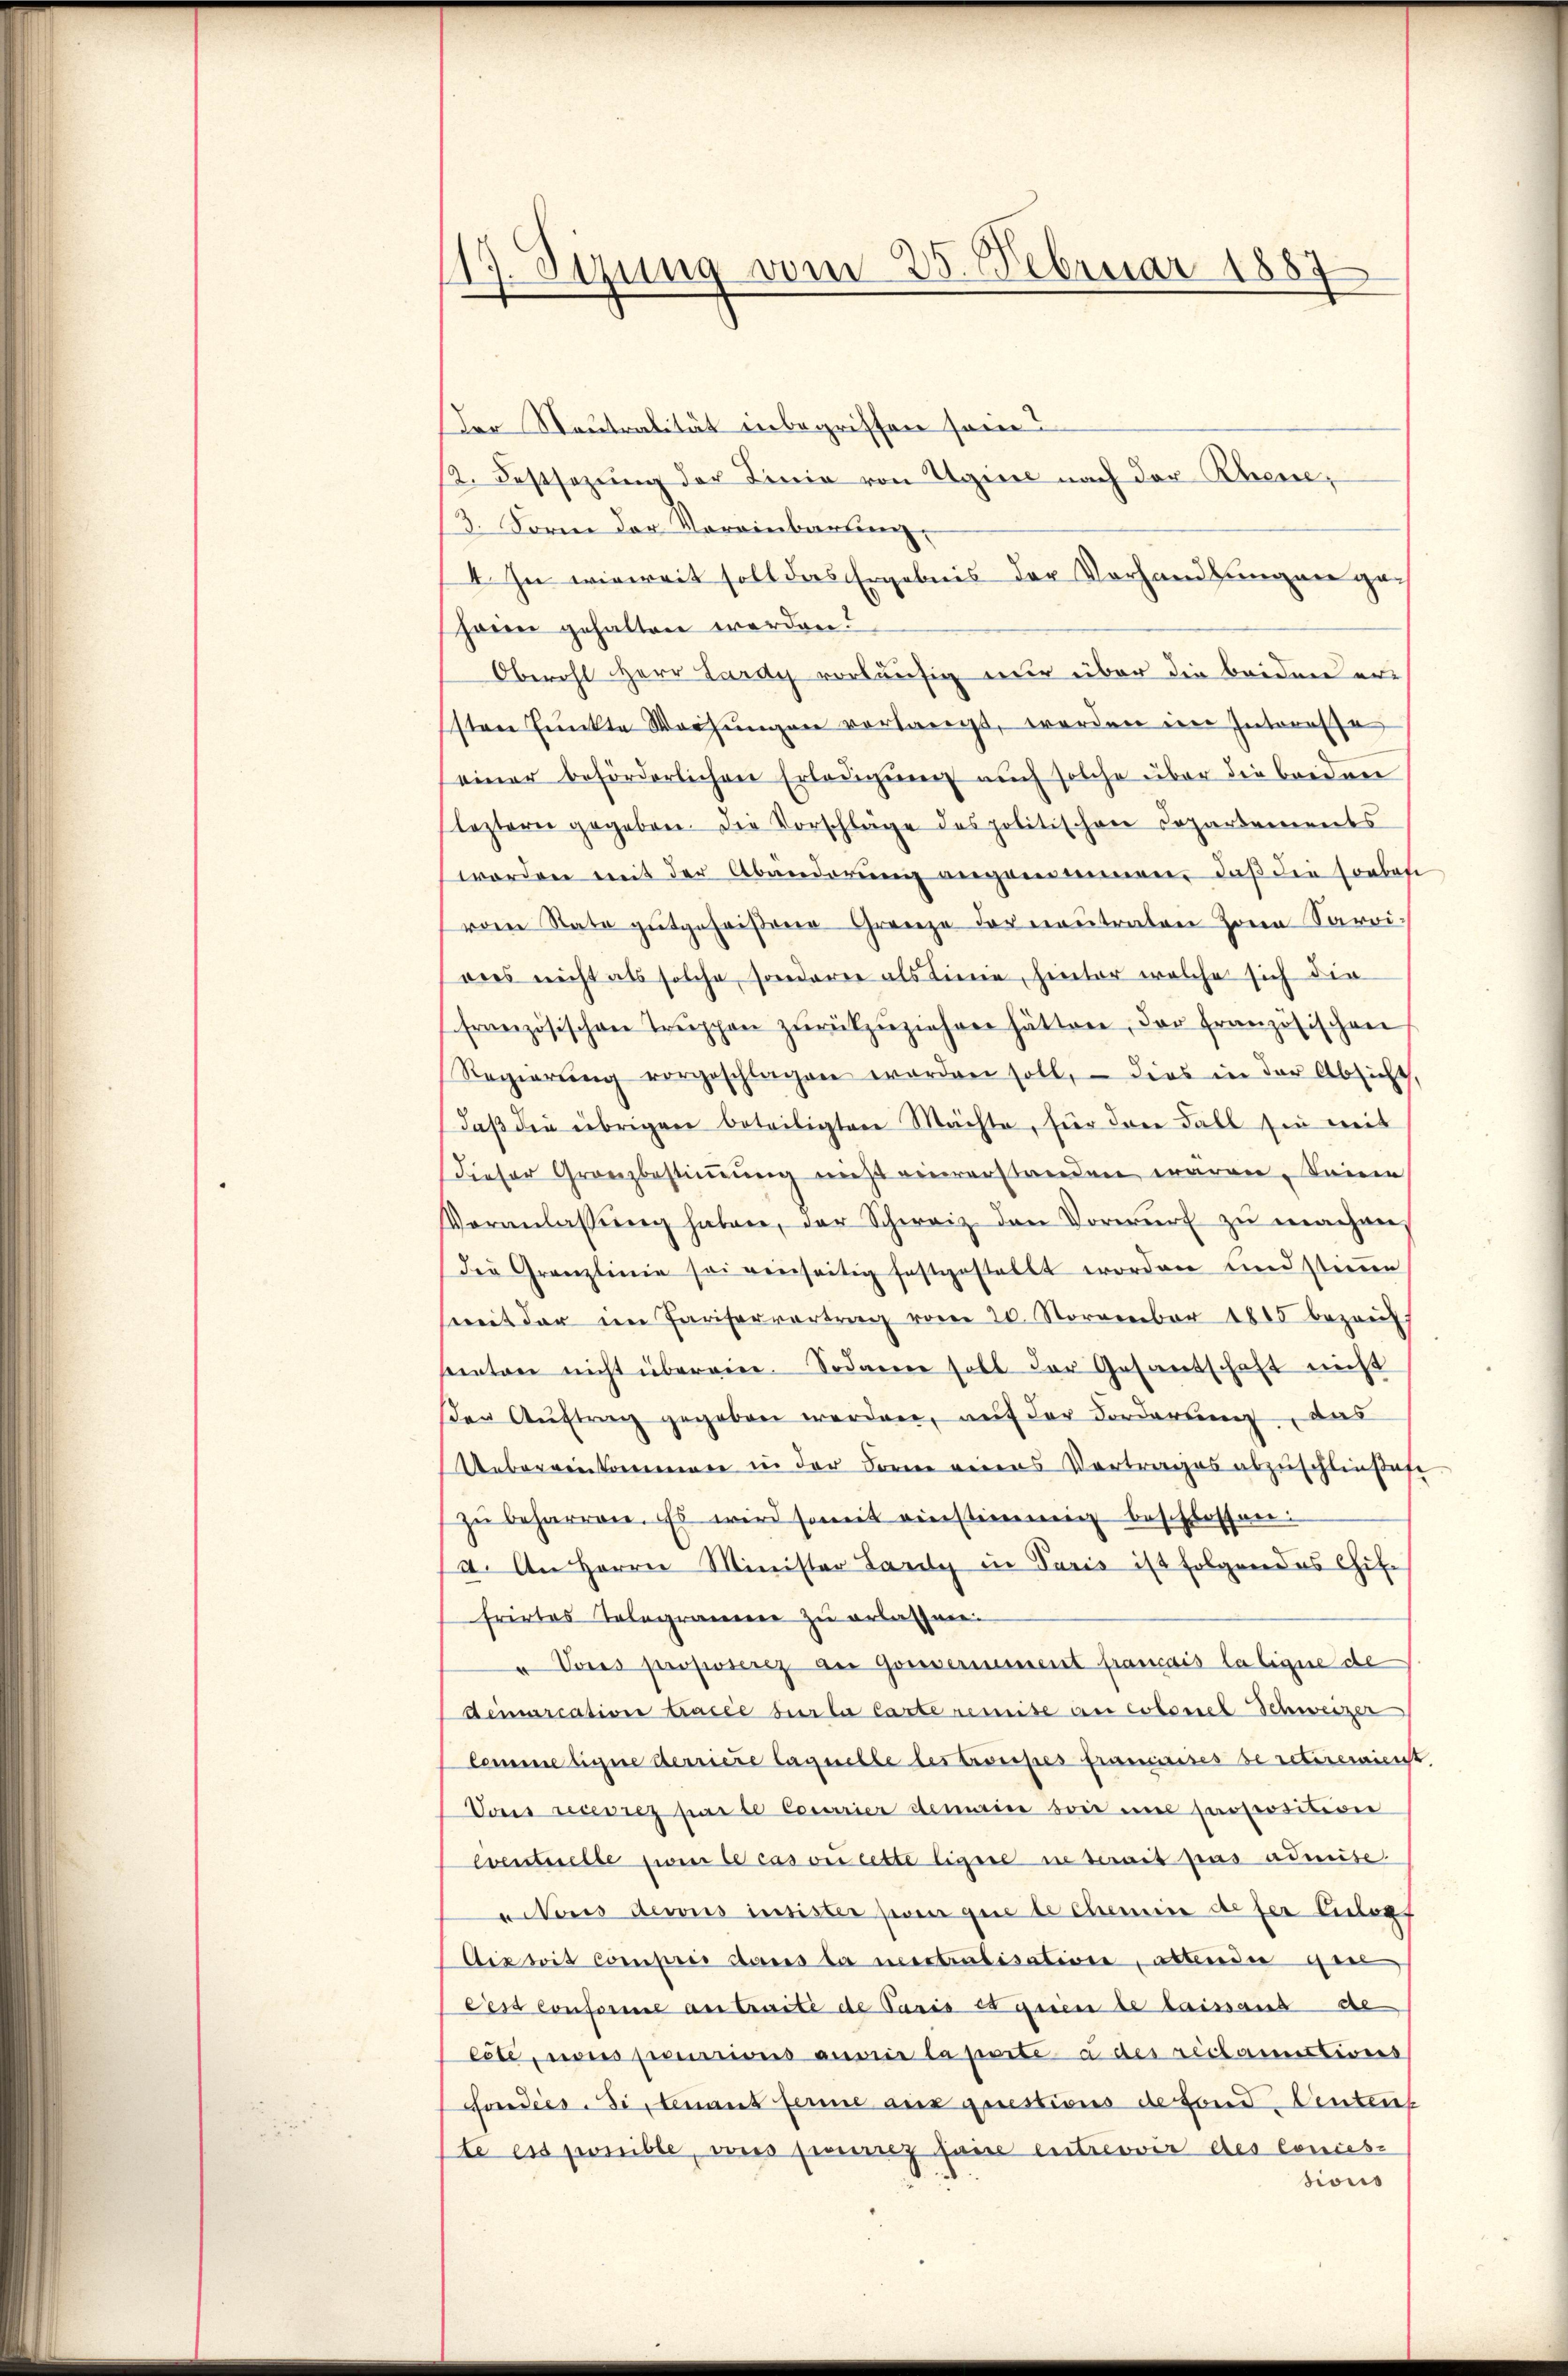
17. Sizung vom 25. Februar 1887

Der Neutralität inbegriffen sein?
12. Festsezung der Linie von Egiere nach der Ehere,
3. Forme der Voreinbausung,
4. In wieweit soll das Ergebnis der Vorhandlungen gehain gehalten worden?
Obwohl HHerr Lardy vorläufig nur über die beiden ersten Punkte Weisŭngen verlangt, werden eine Interessa
einer beförderlichen Erledigung auch solche über die Bredner
leztern gegeben. Die Vorschläge des politischen Dopartements
worden mit der Abänderŭng angenommen, daβ die sonbesi
vom Rate gutgeheißene Grenze der neutralen Zorn Saroi-
dies nicht als solche sondern als Linie, hinter welche sich die
französischen Trŭppen zŭrückzŭziehren hätten, der französischen
Regierŭng vorgeschlagen worden soll, - dies in der Absicht,
daß die übrigen beteiligten Mächte, für drei Fall sie mit
Dieser Granzbestiṁŭng nicht einverstanden waren. Seine
Veranlassŭng haben, der Schweiz den Vorwurf zŭ machen
die Granzlinie sei verseitig festgestellt worden und stieren
weit der im Pariservertrag vom 20. November 1885 bezeich
ventar nicht übergie. Sodann soll der Gesandschaft nicht
den Aŭftrag gegeben werden, auf der Forderung, das
Uebereinkommen in der Form verens Vertrages abzuschliesse
zŭ beharren. Es wird somit einstimmig beschlossen:
a. An Herrn Minister Lardy in Paris ist folgendes Chitfrirtes Telegrammen zu erlaffnen.
u Vous proposerz an Gouvernement français la ligne de
demarcation tracée sur la Carte remise an coloniel Schweizer
Comme ligne derriere laquelle les troupes franciaires se retereienst
Vons recevres par le Corrier demaine die nel proposition
eventuelle sie le cas ou cette ligere in serait pas admise
ators ders insister seien que le chemie de ser Celopf
Aiswit compris dans la vertralisation, allende gen
des Conforme an traite de Paris causen de laissant de
ecte, vons pensions ausrir la porte à des réclamationes
ondies. Si, tenant ferne aus questions defond Centens
ste ess penible, aus freuerez saine entrevir des Conces.
sions